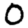
Digit: 0